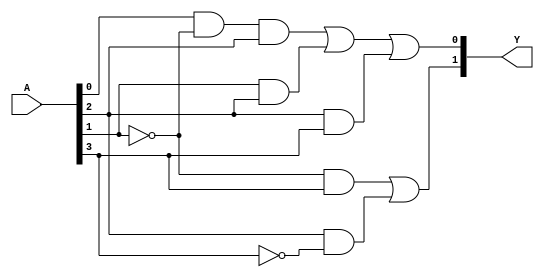
module hybrid_minimization (
    input wire [N-1:0] A,  // N input variables
    output wire [M-1:0] Y  // M output variables
);

// Parameters
parameter N = 4; // Number of input variables
parameter M = 2; // Number of output variables

// Internal signals
wire A0, A1, A2, A3; // Individual input bits
assign {A3, A2, A1, A0} = A; // Decomposing input vector

// Example minimized logic expressions based on K-map and Quine-McCluskey
// Assuming the output Y is a 2-bit output for illustration
assign Y[0] = (A0 & ~A1 & A2) | (A1 & A2) | (A2 & A3); // Example minimized expression for output bit 0
assign Y[1] = (~A1 & A3) | (A2 & ~A3); // Example minimized expression for output bit 1

endmodule